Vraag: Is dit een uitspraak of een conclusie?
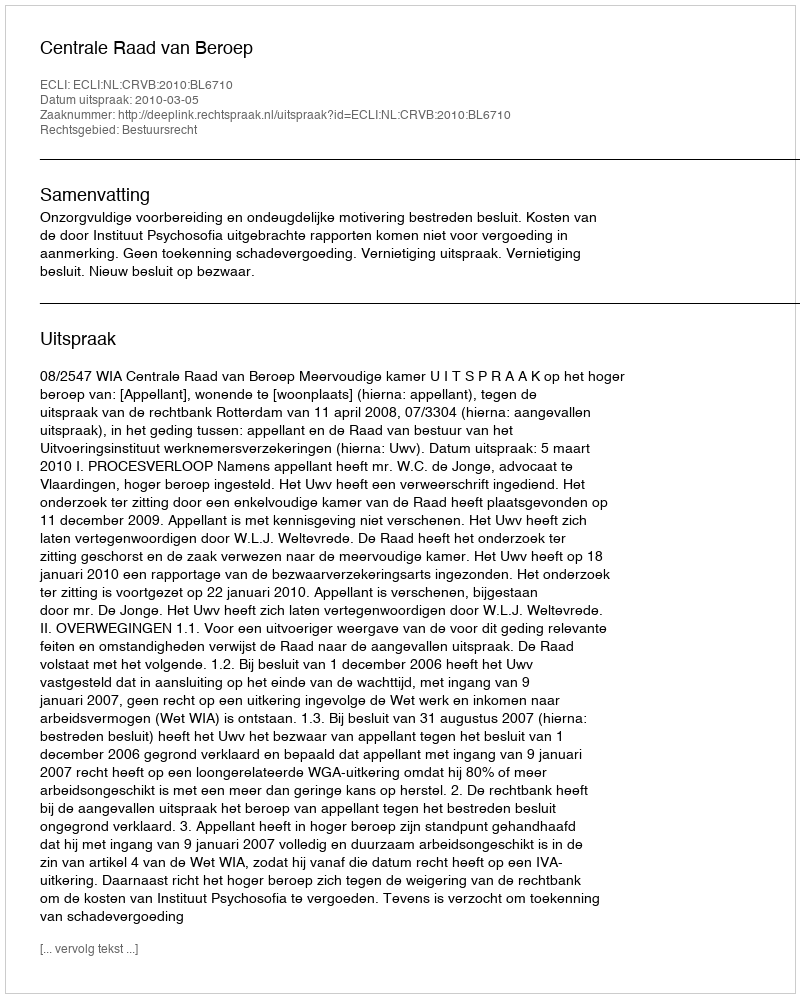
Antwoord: Uitspraak